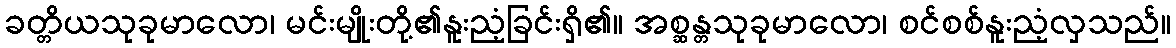
ခတ္တိယသုခုမာလော၊ မင်းမျိုးတို့၏နူးညံ့ခြင်းရှိ၏။ အစ္ဆန္တသုခုမာလော၊ စင်စစ်နူးညံ့လှသည်။